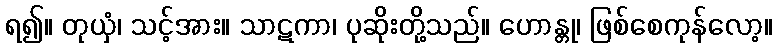
ရ၍။ တုယှံ၊ သင့်အား။ သာဋကာ၊ ပုဆိုးတို့သည်။ ဟောန္တု၊ ဖြစ်စေကုန်လော့။